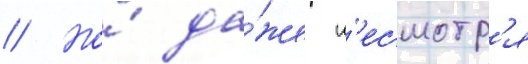
// Но́ да́же н'есмотр'я